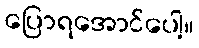
ပြောရအောင်ပေါ့။